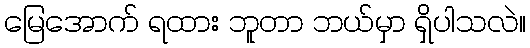
မြေအောက် ရထား ဘူတာ ဘယ်မှာ ရှိပါသလဲ။